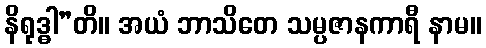
နိရုဒ္ဓါ”တိ။ အယံ ဘာသိတေ သမ္ပဇာနကာရီ နာမ။